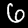
Label: 6